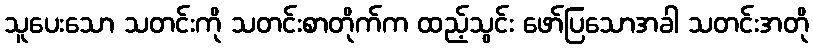
သူပေးသော သတင်းကို သတင်းစာတိုက်က ထည့်သွင်း ဖော်ပြသောအခါ သတင်းအတို